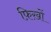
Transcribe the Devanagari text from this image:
फ़िख़ों